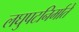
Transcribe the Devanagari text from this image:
लघुपटनिर्माते